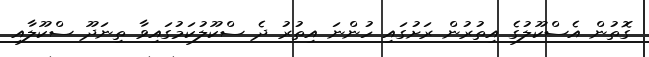
ގޮތުން އެސްކޫލުގެ އިތުރުން ރަށުގައި ހުންނަ އިތުރު ދެ ސްކޫލުކަމުގައިވާ ތިނަދޫ ސްކޫލާއި